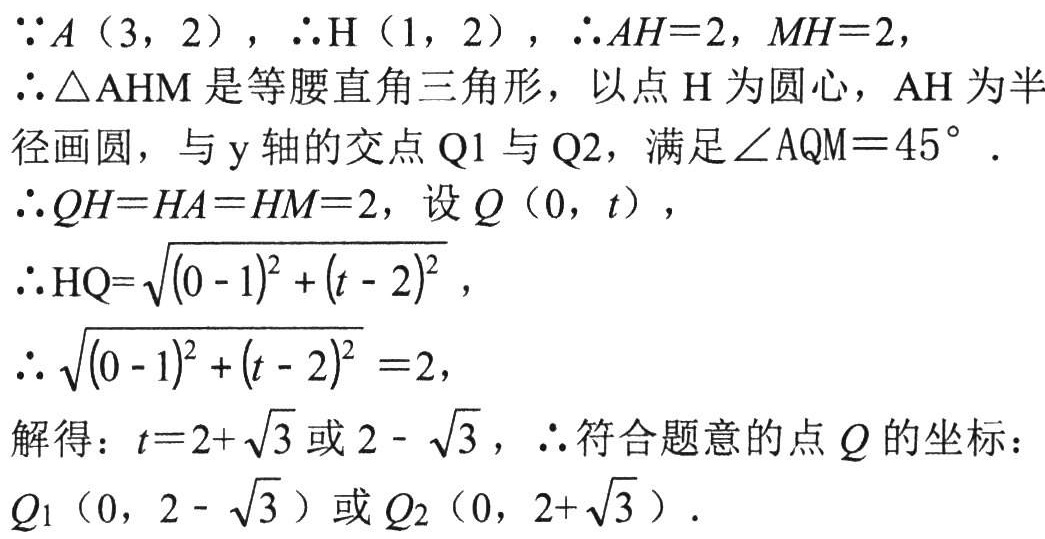
\(\because A(3,2)，\therefore H(1,2)，\therefore AH = 2，MH = 2，\)
\(\therefore \triangle AHM\)是等腰直角三角形，以点\(H\)为圆心，\(AH\)为半
径画圆，与\(y\)轴的交点\(Q1\)与\(Q2\)，满足\(\angle AQM = 45^{\circ}\)．
\(\therefore QH = HA = HM = 2，\)设\(Q(0,t)，\)
\(\therefore HQ=\sqrt{(0 - 1)^2+(t - 2)^2}，\)
\(\therefore \sqrt{(0 - 1)^2+(t - 2)^2}=2，\)
解得：\(t = 2+\sqrt{3}\)或\(2 - \sqrt{3}，\therefore\)符合题意的点\(Q\)的坐标：
\(Q_1(0,2 - \sqrt{3})\)或\(Q_2(0,2+\sqrt{3})\)．